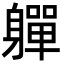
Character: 軃